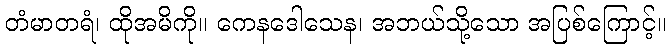
တံမာတရံ၊ ထိုအမိကို။ ကေနဒေါသေန၊ အဘယ်သို့သော အပြစ်ကြောင့်။